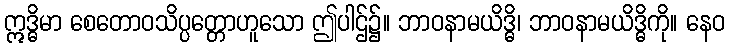
ဣဒ္ဓိမာ စေတောဝသိပ္ပတ္တောဟူသော ဤပါဌ်၌။ ဘာဝနာမယိဒ္ဓိ၊ ဘာဝနာမယိဒ္ဓိကို။ နေဝ